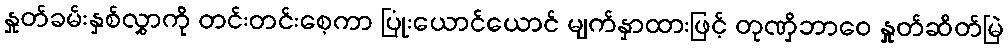
နှုတ်ခမ်းနှစ်လွှာကို တင်းတင်းစေ့ကာ ပြုံးယောင်ယောင် မျက်နှာထားဖြင့် တုဏှိဘာဝေ နှုတ်ဆိတ်မြဲ